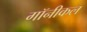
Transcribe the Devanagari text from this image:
गॉनीकल